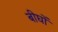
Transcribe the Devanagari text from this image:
बीघों